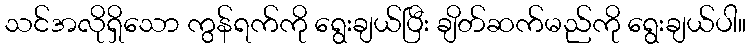
သင်အလိုရှိသော ကွန်ရက်ကို ရွေးချယ်ပြီး ချိတ်ဆက်မည်ကို ရွေးချယ်ပါ။